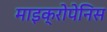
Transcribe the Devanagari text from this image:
माइक्रोपेनिस